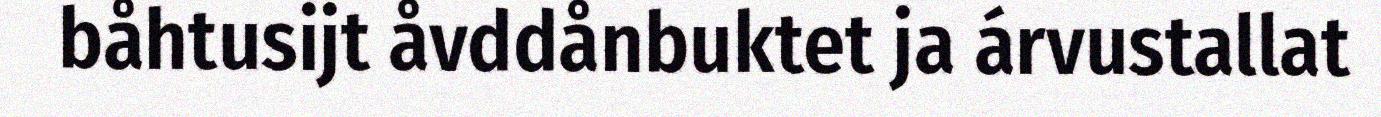
båhtusijt åvddånbuktet ja árvustallat